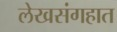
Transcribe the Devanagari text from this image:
लेखसंगहात